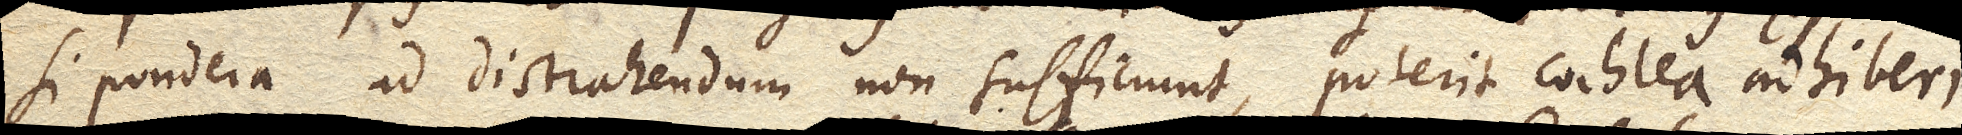
Si pondera ad distrahendum non sufficiunt, poterit cochlea adhiberi.